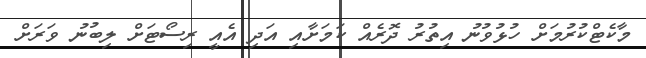
މާކެޓްކުރުމަށް ހުޅުވުނު އިތުރު ދޮރެއް ކަމަށާއި އަދި އެއީ ރިސޯޓަށް ލިބުނު ވަރަށް